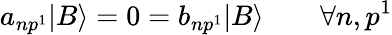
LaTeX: a_{np^{1}}|B\rangle=0=b_{np^{1}}|B\rangle\qquad\forall n,p^{1}